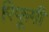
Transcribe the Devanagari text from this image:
रिफूगी